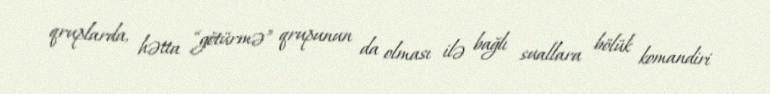
qruplarda, hətta “götürmə” qrupunun da olması ilə bağlı suallara bölük komandiri